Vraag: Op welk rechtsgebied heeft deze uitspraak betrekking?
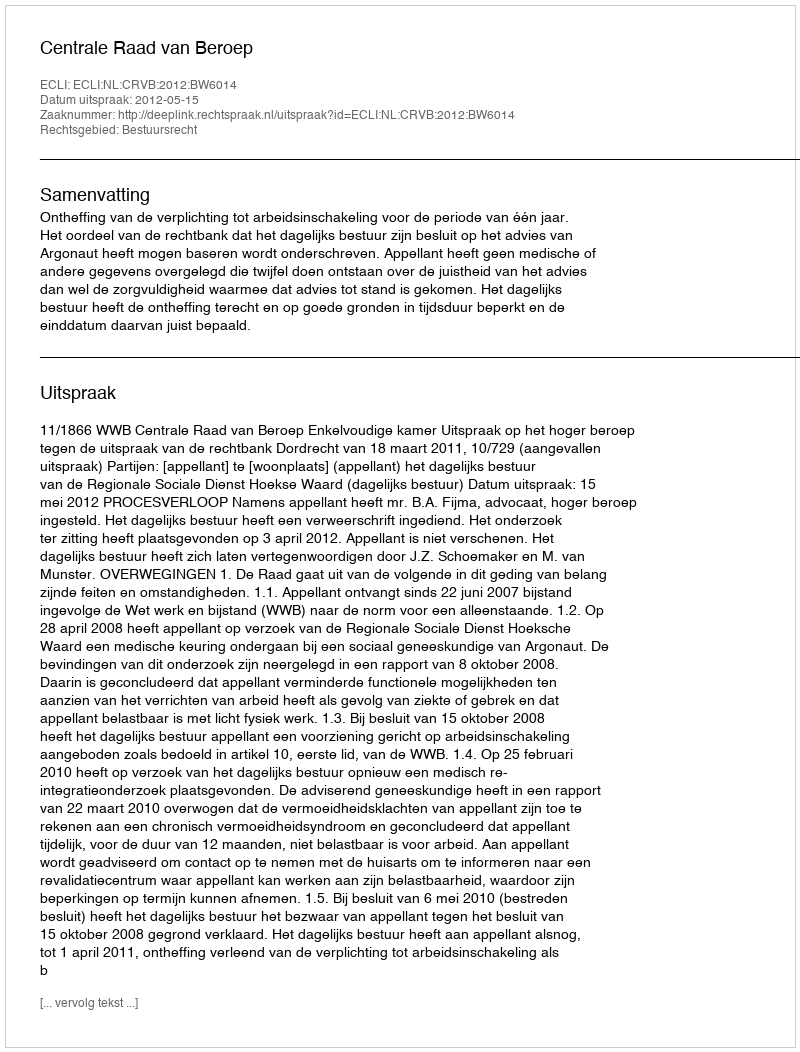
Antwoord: Bestuursrecht